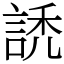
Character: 䛢